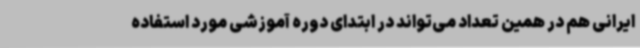
ایرانی هم در همین تعداد می‌تواند در ابتدای دوره آموزشی مورد استفاده